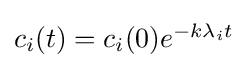
{\textstyle c_{i}(t)=c_{i}(0)e^{-k\lambda _{i}t}}